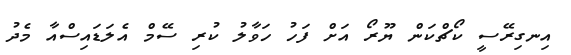
އިނގިރޭސީ ކޯޗްކަން ޔޫރޯ އަށް ފަހު ހަވާލު ކުރި ސޭމް އެލަޑައިސްއާ މެދު